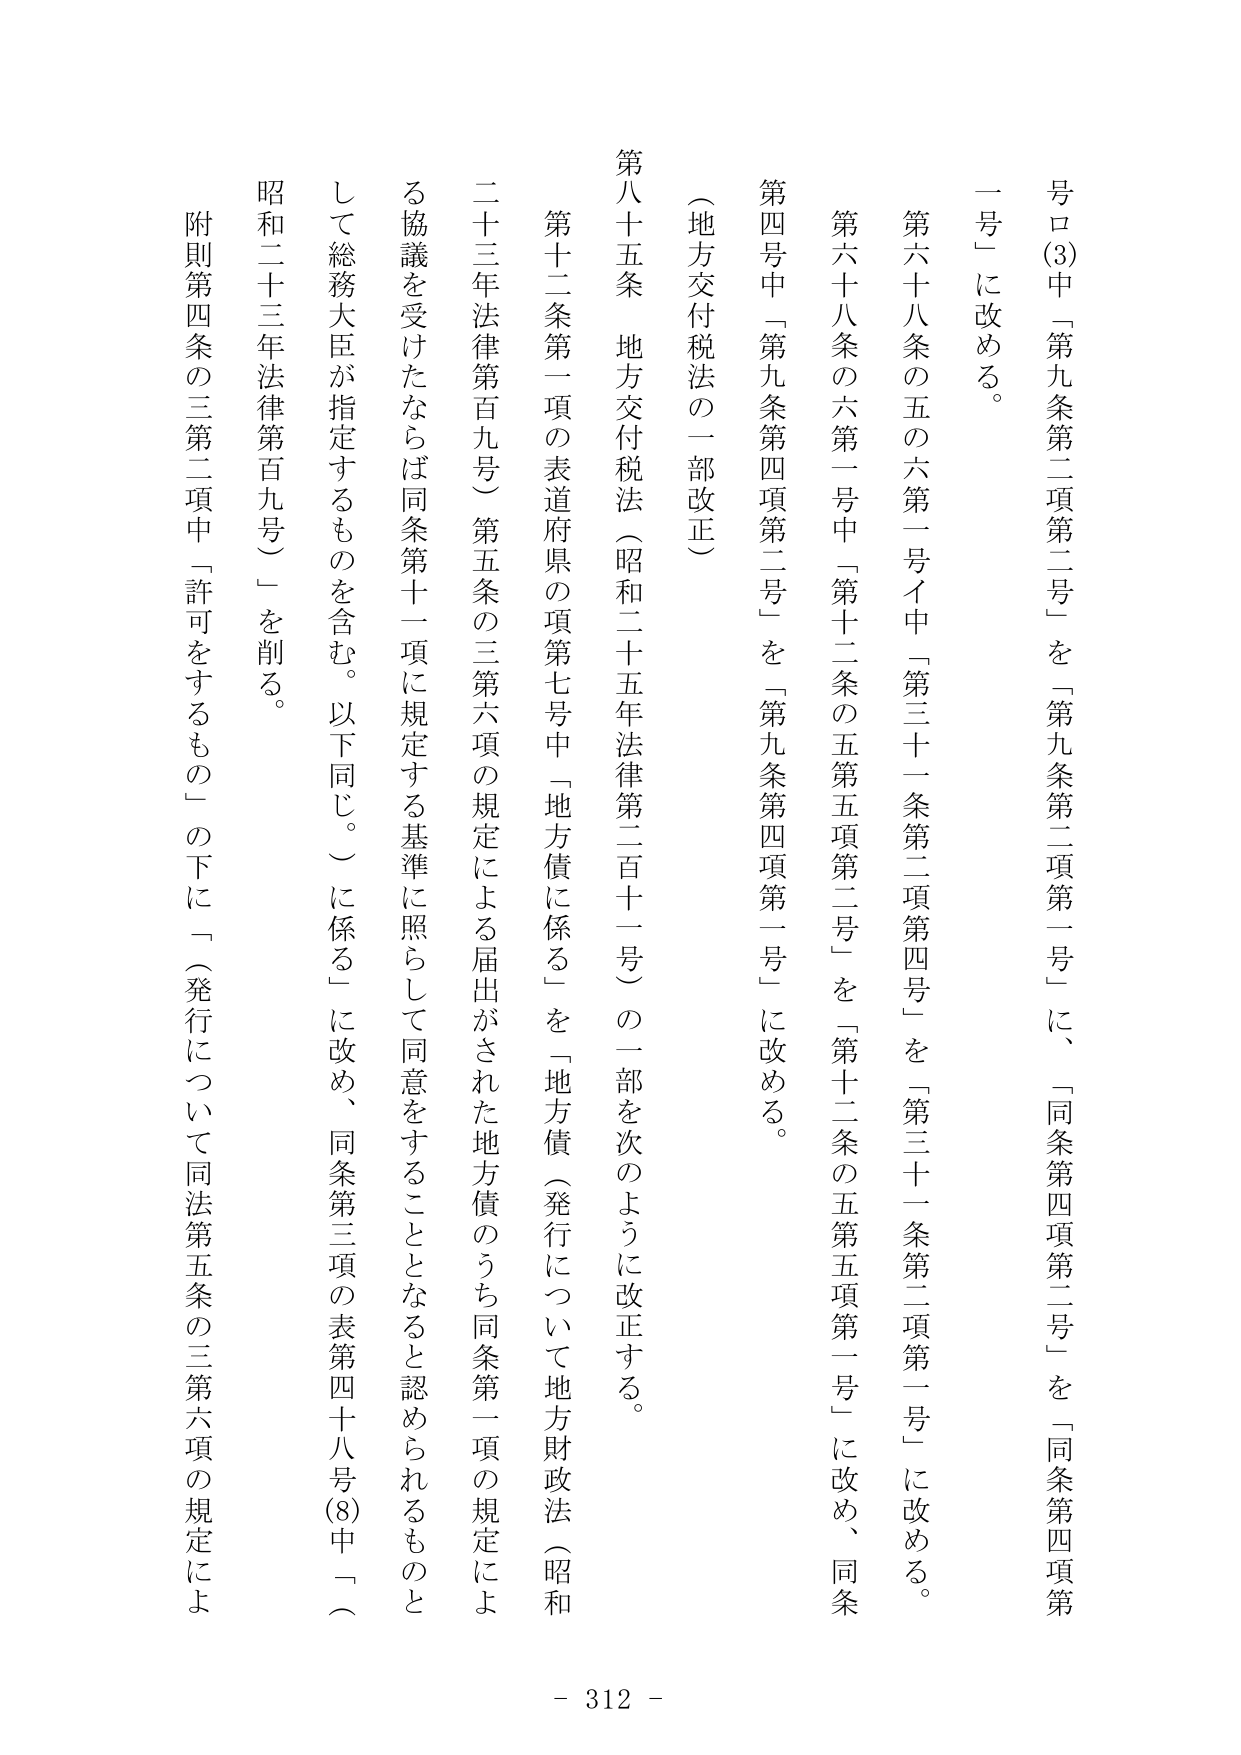
号ロ(3)中「第九条第二項第二号」を「第九条第二項第一号」に、「同条第四項第二号」を「同条第四項第一号」に改める。

第六十八条の五の六第一号イ中「第三十一条第二項第四号」を「第三十一条第二項第一号」に改める。

第六十八条の六第一号中「第十二条の五第五項第二号」を「第十二条の五第五項第一号」に改め、同条第四号中「第九条第四項第二号」を「第九条第四項第一号」に改める。

（地方交付税法の一部改正）

第八十五条 地方交付税法（昭和二十五年法律第二百十一号）の一部を次のように改正する。

第十二条第一項の表道府県の項第七号中「地方債に係る」を「地方債（発行について地方財政法（昭和二十三年法律第百九号）第五条の三第六項の規定による届出がされた地方債のうち同条第一項の規定による協議を受けたならば同条第十一項に規定する基準に照らして同意をすることとなると認められるものとして総務大臣が指定するものを含む。以下同じ。）に係る」に改め、同条第三項の表第四十八号(8)中「（昭和二十三年法律第百九号）」を削る。

附則第四条の三第二項中「許可をするもの」の下に「（発行について同法第五条の三第六項の規定によ

- 312 -